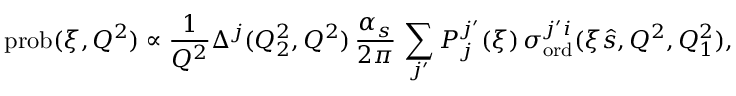
\mathrm { p r o b } ( \xi , Q ^ { 2 } ) \propto \frac { 1 } { Q ^ { 2 } } \Delta ^ { j } ( Q _ { 2 } ^ { 2 } , Q ^ { 2 } ) \, \frac { \alpha _ { s } } { 2 \pi } \, \sum _ { j ^ { \prime } } P _ { j } ^ { j ^ { \prime } } ( \xi ) \, \sigma _ { \mathrm { o r d } } ^ { j ^ { \prime } i } ( \xi \hat { s } , Q ^ { 2 } , Q _ { 1 } ^ { 2 } ) ,